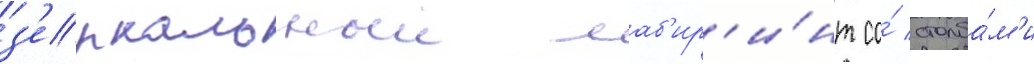
з'еркальныи лаб'ир'и́нт со́ столба́м'и